Annual report on the lock hospitals of the Madras Presidency
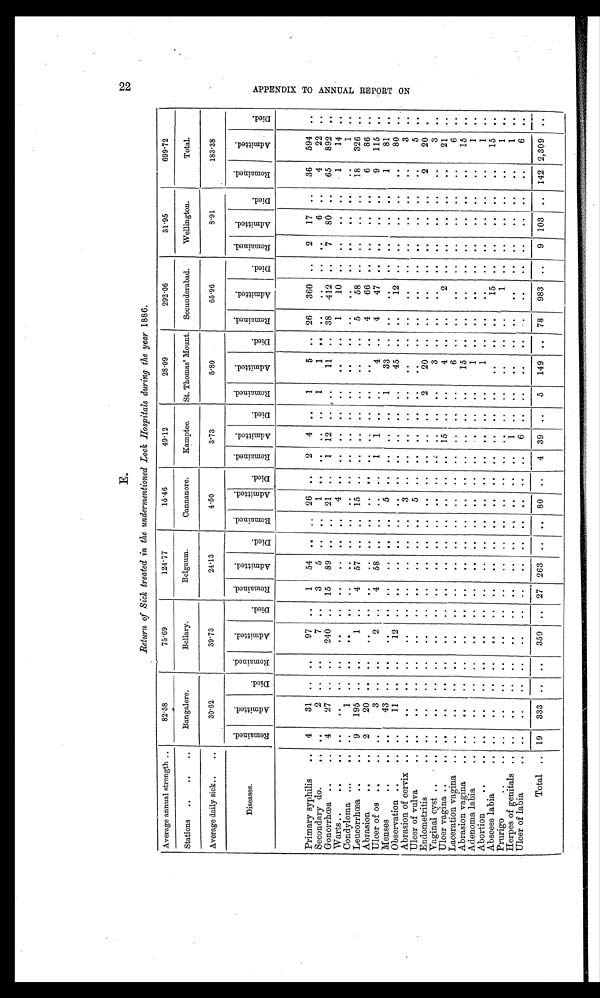
E.
Return of Sick treated in the undermentioned Lock Hospitals during the year 1886.
Average annual strength ..
82.58
75.69
124.77
15.46
49.12
28.09
292.06
31.95
699.72
Stations ..
..
..
Bangalore.
Bellary.
Belgaum.
Cannanore.
Kamptee.
St. Thomas' Mount. Secunderabad.
Wellington.
Total.
Average daily sick ..
30.62
39.73
24.13
4.50
3.73
5.80
65.96
8.91
183.38
Diseases.
R e m a i n e d .
A d m i t t e d .
D i e d .
R e m a i n e d .
A d m i t t e d .
D i e d .
R e m a i n e d .
A d m i t t e d .
D i e d .
R e m a i n e d .
A d m i t t e d .
D i e d .
R e m a i n e d .
A d m i t t e d .
D i e d .
R e m a i n e d .
A d m i t t e d .
D i e d .
R e m a i n e d .
A d m i t t e d .
D i e d .
R e m a i n e d .
A d m i t t e d .
D i e d .
R e m a i n e d .
A d m i t t e d .
D i e d .
Primary syphilis
.. 4
31 .. ..
97 ..
1 54 ..
.. 26 .. 2 4 ..
1
5 .. 26 360 ..
2 17 ..
36 594
..
Secondary do.
.. ..
2 .. ..
7 ..
3
5 . .
..
1
. . .. .. ..
1
1 .. ..
. . . .
. .
6 ..
4
22
..
Gonorrhœa ..
.. 4
27 .. ..
240 .. 15 89 . .
. . 21
. .
1 12 .. ..
11 .. 38 412 ..
7 80 ..
65 892
..
Warts ..
..
.. .. .. ..
..
. .
.. . .
. .
. .
. .
4 . . .. ..
. . ..
. .
..
1
10 ..
.. .. ..
1
14
..
Condyloma ...
.. ..
1 . .
. .
. . .. ..
. .
. .
. .
. .
. . .. .. . .
..
. . .. ..
. . . .
. .
.. . .
..
1 ..
Leucorrhœa ..
.. 9 195 .. ..
1 ..
4 57 . .
.. 15
. . .. .. .. ..
. .
..
5
58 ..
. .
.. ..
18 326
..
Abrasion
..
.. 2
20 .. ..
. .
.. ..
.. .. .. ..
. . .. .. .. ..
. .
.. 4
66 ..
.. .. ..
6
86 ..
Ulcer of os ..
.. ..
3 .. . .
2 ..
4 58 ..
.. ..
. .
1 1 .. ..
4 .. 4
47 ..
.. .. ..
9 115 ..
Menses
..
.. ..
43 . . ..
. .
.. ..
.. .. ..
5
. . .. .. ..
1
33 .. ..
. . ..
.. .. ..
1
81 ..
Observation ..
.. ..
11 . . ..
12 .. ..
..
. . .. ..
. . .. .. .. ..
45 .. ..
12 ..
.. ..
..
..
80
..
Abrasion of cervix .. .. .. .. ..
. .
..
. .
. .
. . ..
3 . . .. .. .. .. .. .. ..
. . .. ..
.. ..
..
3
..
Ulcer of vulva
.. ..
. .
. .
. .
. .
..
. .
. .
. . ..
5 . . .. .. .. .. .. .. ..
.. .. ..
.. .. ..
5
..
Endometritis
.. ..
. .
.. ..
. .
.. ..
..
. . .. ..
. . .. .. ..
2
20 .. ..
. . ..
. .
.. ..
2
20
. .
Vaginal cyst .. .. .. .. ..
.. ..
. .
.. . .
. .
. . . . ..
. . ..
. . . .
. .
3 .. ..
. . . .
. .
.. . .
..
3
..
Ulcer vagina ..
.. .. ..
.. ..
. .
. .
. .
. .
. . . . ..
. . .. 15 .. ..
4 .. ..
2 .. ..
.. ..
..
21 ..
Laceration vagina ..
..
,.
. . ..
. .
. .
. .
. .
. . . .
. .
. . ..
. . . .
. .
6 . . ..
. . ..
. .
.. . .
. .
6
..
Abrasion vagina
.. ..
. . .. ..
. .
.. ..
..
. .
.. ..
. . .. .. .. ..
15 .. ..
..
..
.. .. ..
..
15
..
Adenoma labia
.. ..
. .
.. ..
. .
. .
. .
. .
. .
. .
. .
. . ..
. . . .
..
1 .. ..
. . . .
. .
.. . .
..
1
..
Abortion
..
.. ..
. .
.. ..
. .
.. ..
..
. . .. . .
. . ..
. . . .
..
1 .. ..
. . . .
. .
.. . .
..
1
. .
Abscess labia
.. ..
. . .. ..
. .
.. ..
.. .. .. ..
. .
. .
. . . .
. .
. .
. . ..
15 ..
.. .. ..
..
15
..
Prurigo
..
.. ..
.. .. ..
. .
.. ..
..
. .
.. ..
. . .. .. .. ..
. .
.. ..
1 . .
. .
.. . .
..
1
..
Herpes of genitals .. ..
..
.. ..
. . .. ..
..
. .
.. ..
. . ..
1 .. ..
. .
.. ..
. . ..
..
.. ..
..
1
..
Ulcer of labia
.. ..
. . .. ..
. . .. ..
. .
. .
..
. .
. . ..
6 .. ..
..
.. ..
..
..
. . ..
..
..
6 ..
Total.. 19 333 .. ..
359 .. 27 263 .. .. 80 ..
4 39 ..
5 149 .. 78 983 ..
9 103 .. 142 2,309 ..